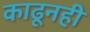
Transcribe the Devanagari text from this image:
काढूनही